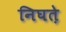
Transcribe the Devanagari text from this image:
निघत़े